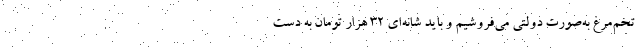
تخم‌مرغ به‌صورت دولتی می‌فروشیم و باید شانه‌ای ۳۲ هزار تومان به دست